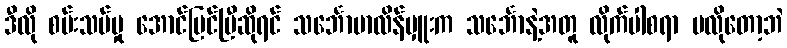
ဒီလို စမ်းသပ်မှု အောင်မြင်ပြီဆိုရင် သင်္ဘောမာလိန်မှူးက သင်္ဘောနဲ့အတူ လိုက်ပါစရာ မလိုတော့ဘဲ